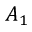
A _ { 1 }